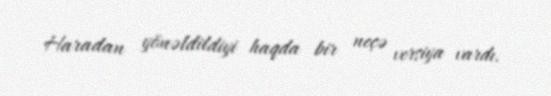
Haradan yönəldildiyi haqda bir neçə versiya vardı.